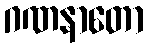
ဂဏနာတော